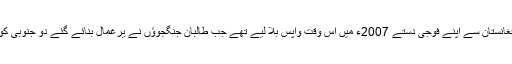
واضح رہے کہ جنوبی کوریا نے افغانستان سے اپنے فوجی دستے 2007ء میں اس وقت واپس بلا لیے تھے جب طالبان جنگجوؤں نے یرغمال بنائے گئے دو جنوبی کوریائی فوجیوں کو ہلاک کر دیا تھا۔